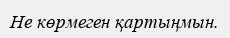
Не көрмеген қартыңмын.